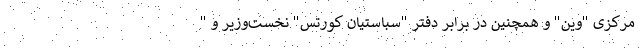
مرکزی "وین" و همچنین در برابر دفتر "سباستیان کورتس" نخست‌وزیر و "